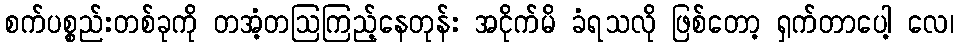
စက်ပစ္စည်းတစ်ခုကို တအံ့တဩကြည့်နေတုန်း အငိုက်မိ ခံရသလို ဖြစ်တော့ ရှက်တာပေါ့ လေ၊